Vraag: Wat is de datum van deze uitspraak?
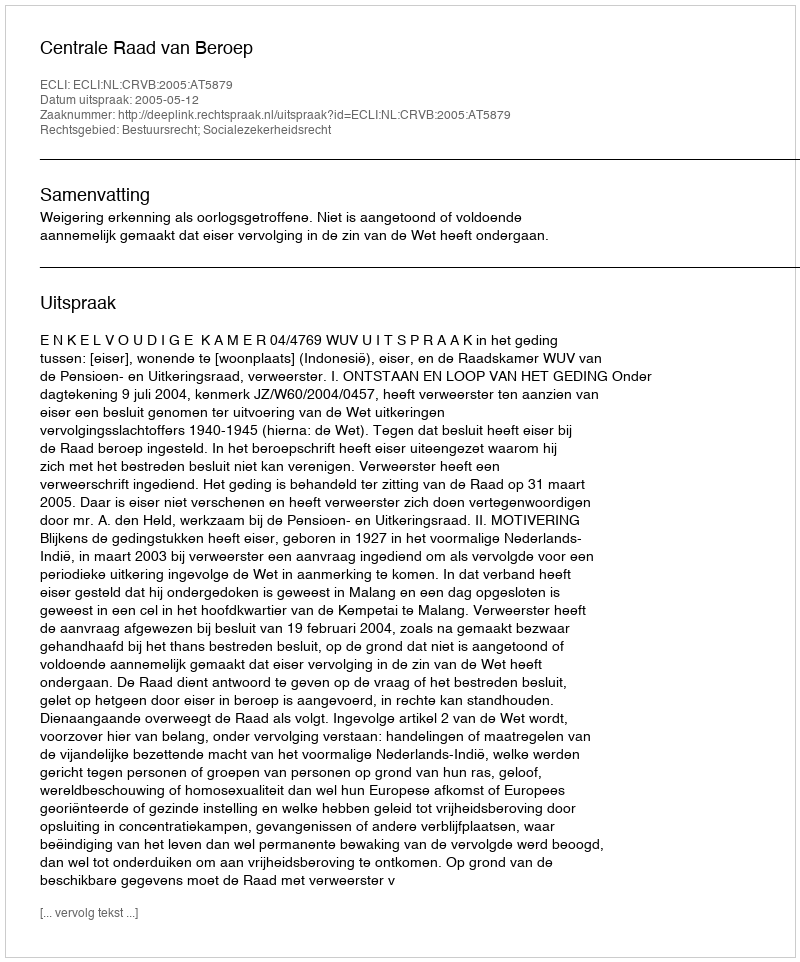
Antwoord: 2005-05-12